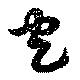
包